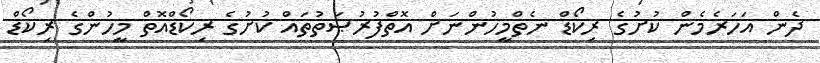
ދެން އަހަރެމެން ކުށުގެ ރިކޯޑް ނެތްމީހުންނަށް އޮތްފުރުޞަތުތައް ކުށުގެ ރިކޯޑްއޮތް މީހުންގެ ރިކޯޑް